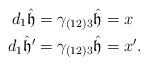
\begin{align*}d_1 \hat{\mathfrak{h}}&=\gamma_{(12)3}\hat{\mathfrak{h}}=x\\ d_1 \hat{\mathfrak{h}}'&=\gamma_{(12)3}\hat{\mathfrak{h}}=x'. \end{align*}